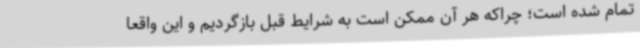
تمام شده است؛ چراکه هر آن ممکن است به شرایط قبل بازگردیم و این واقعا